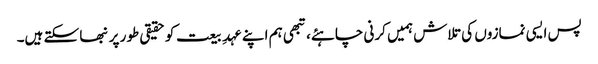
پس ایسی نمازوں کی تلاش ہمیں کرنی چاہئے، تبھی ہم اپنے عہدِ بیعت کو حقیقی طور پر نبھا سکتے ہیں۔